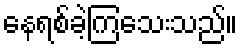
နေရစ်ခဲ့ကြသေးသည်။